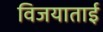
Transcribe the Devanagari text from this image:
विजयाताई